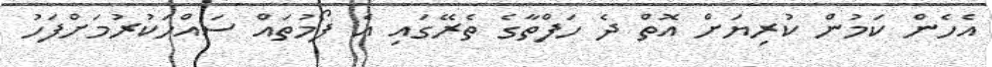
އެހެން ކަމުން ކުރިޔަށް އޮތް ދެ ހަފްތާގެ ތެރޭގައި އެ ފޯމުތައް ސައްހަކުރުމަށްފަހު